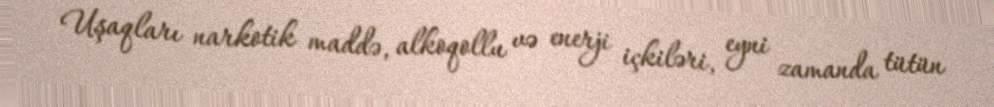
Uşaqları narkotik maddə, alkoqollu və enerji içkiləri, eyni zamanda tütün